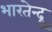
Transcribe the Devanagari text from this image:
भारतेन्द्रु